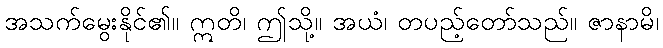
အသက်မွေးနိုင်၏။ ဣတိ၊ ဤသို့။ အယံ၊ တပည့်တော်သည်။ ဇာနာမိ၊